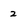
Character: 2